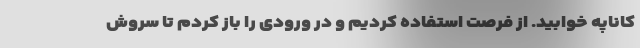
کاناپه خوابید. از فرصت استفاده کردیم و در ورودی را باز کردم تا سروش